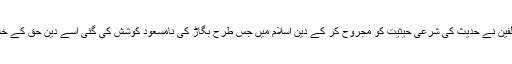
مستشرقین اور حدیث وسنت کے مخالفین نے حدیث کی شرعی حیثیت کو مجروح کر کے دینِ اسلام میں جس طرح بگاڑ کی نامسعود کوشش کی گئی اسے دینِ حق کے خلاف ایک سازش ہی کہا جاسکتا ہے ۔